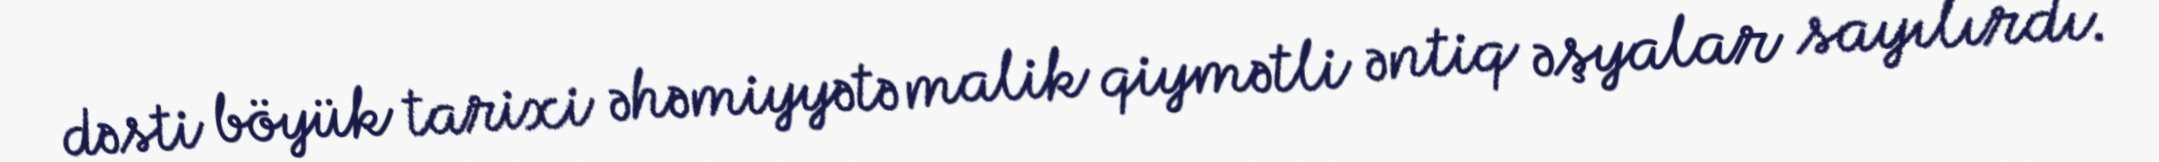
dəsti böyük tarixi əhəmiyyətə malik qiymətli əntiq əşyalar sayılırdı.